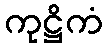
ကုဋ္ဌိကံ